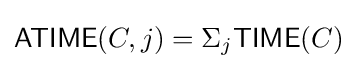
{\mathsf {ATIME}}(C,j)=\Sigma _{j}{\mathsf {TIME}}(C)